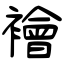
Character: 襘